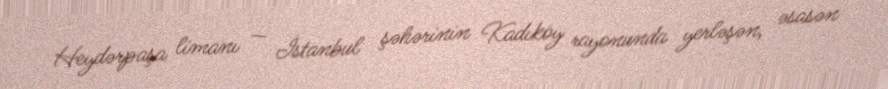
Heydərpaşa limanı — İstanbul şəhərinin Kadıköy rayonunda yerləşən, əsasən